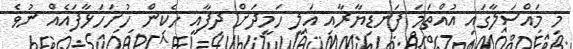
މި މައްސަލާގައި އުއްތަމަ ފަނޑިޔާރާއި އަލީ ހަމީދަށް ދިފާއީ ހެކިން ހުށަހަޅާފައެއް ނުވެ